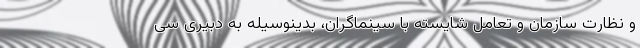
و نظارت سازمان و تعامل شایسته با سینماگران، بدینوسیله به دبیری سی